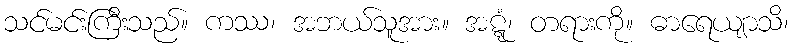
သင်မင်းကြီးသည်။ ကဿ၊ အဘယ်သူအား။ အဋ္ဋံ၊ တရားကို။ ဓာရေယျာသိ၊